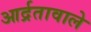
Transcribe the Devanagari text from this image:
आर्द्रतावाले